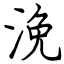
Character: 浼